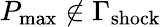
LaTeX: P_{\mathrm{max}}\notin\Gamma_{\mathrm{shock}}